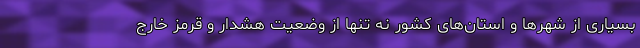
بسیاری از شهرها و استان‌های کشور نه تنها از وضعیت هشدار و قرمز خارج